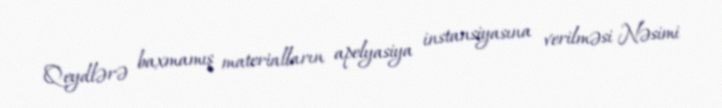
Qeydlərə baxmamış materialların apelyasiya instansiyasına verilməsi Nəsimi